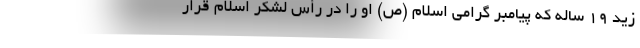
زید ۱۹ ساله که پیامبر گرامی اسلام (ص) او را در رأس لشکر اسلام قرار